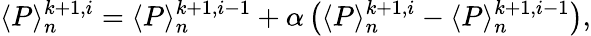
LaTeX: \langle P\rangle_{n}^{k+1,i}=\langle P\rangle_{n}^{k+1,i-1}+\alpha\left(\langle P\rangle_{n}^{k+1,i}-\langle P\rangle_{n}^{k+1,i-1}\right),